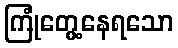
ကြုံတွေ့နေရသော